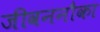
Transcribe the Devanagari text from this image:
जीवननौका